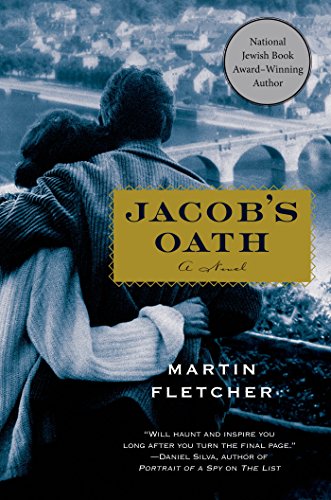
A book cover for Jacob's Oath: A Novel; Martin Fletcher; Literature & Fiction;